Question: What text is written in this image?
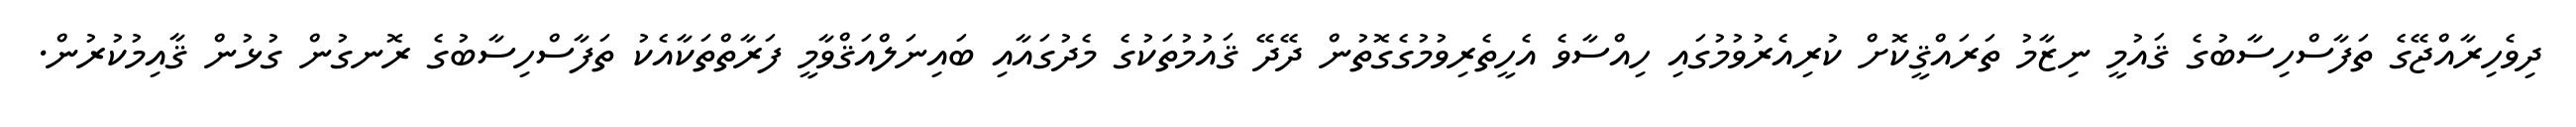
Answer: ދިވެހިރާއްޖޭގެ ތަފާސްހިސާބުގެ ޤައުމީ ނިޒާމު ތަރައްޤީކޮށް ކުރިއެރުވުމުގައި ހިއްސާވެ އެހީތެރިވުމުގެގޮތުން ދޭދޭ ޤައުމުތަކުގެ މެދުގައާއި ބައިނަލްއަޤްވާމީ ފަރާތްތަކާއެކު ތަފާސްހިސާބުގެ ރޮނގުން ގުޅުން ޤާއިމުކުރުން.